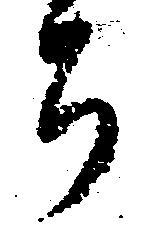
ち